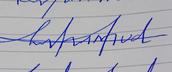
Signature authenticity: forged